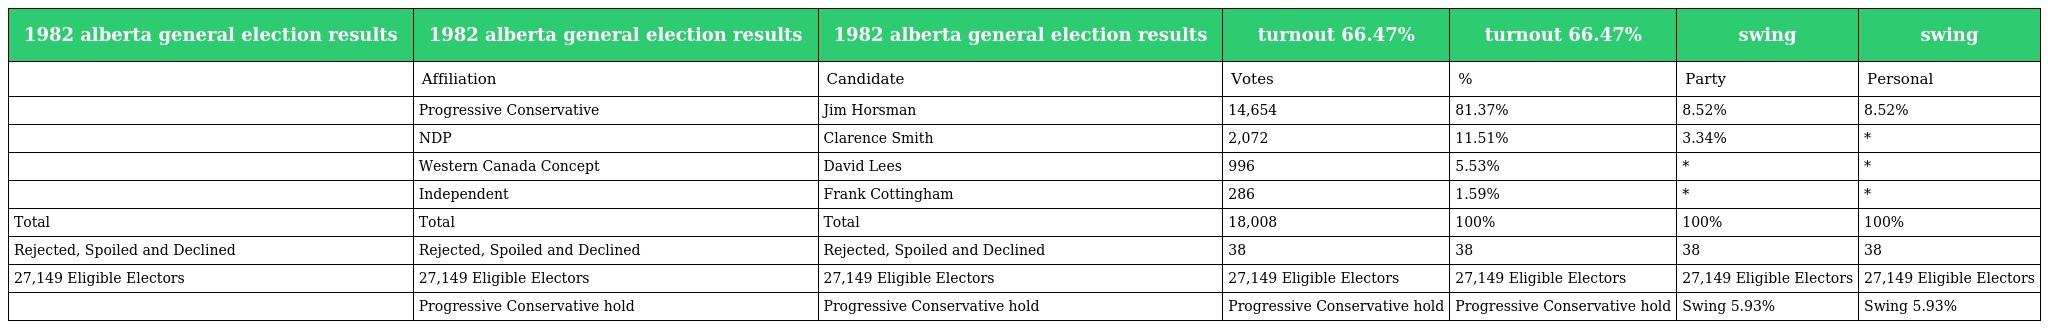
| 1982 alberta general election results | 1982 alberta general election results | 1982 alberta general election results | turnout 66.47% | turnout 66.47% | swing | swing |
 | --- | --- | --- | --- | --- | --- | --- |
 |  | Affiliation | Candidate | Votes | % | Party | Personal |
 |  | Progressive Conservative | Jim Horsman | 14,654 | 81.37% | 8.52% | 8.52% |
 |  | NDP | Clarence Smith | 2,072 | 11.51% | 3.34% | * |
 |  | Western Canada Concept | David Lees | 996 | 5.53% | * | * |
 |  | Independent | Frank Cottingham | 286 | 1.59% | * | * |
 | Total | Total | Total | 18,008 | 100% | 100% | 100% |
 | Rejected, Spoiled and Declined | Rejected, Spoiled and Declined | Rejected, Spoiled and Declined | 38 | 38 | 38 | 38 |
 | 27,149 Eligible Electors | 27,149 Eligible Electors | 27,149 Eligible Electors | 27,149 Eligible Electors | 27,149 Eligible Electors | 27,149 Eligible Electors | 27,149 Eligible Electors |
 |  | Progressive Conservative hold | Progressive Conservative hold | Progressive Conservative hold | Progressive Conservative hold | Swing 5.93% | Swing 5.93% |